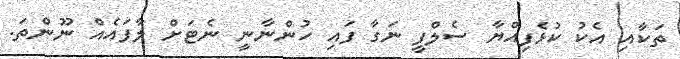
ތަކާއި އެކު ކުޅެފިއްޔާ ސެލްފީ ނަގާ ފައި ހުންނާނީ ނެޓަށް ލާފައެއް ނޫންތަ.